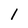
Character: l